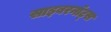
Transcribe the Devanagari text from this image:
साइबरनॉट्स